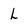
Character: L